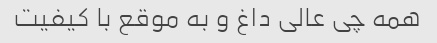
همه چی‌ عالی داغ و به موقع با کیفیت